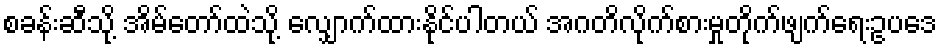
စခန်းဆီသို့ အိမ်တော်ထဲသို့ လျှောက်ထားနိုင်ပါတယ် အဂတိလိုက်စားမှုတိုက်ဖျက်ရေးဥပဒေ